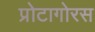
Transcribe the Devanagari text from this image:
प्रोटागोरस